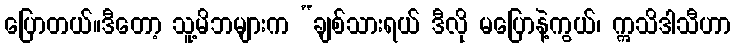
ပြောတယ်။ဒီတော့ သူ့မိဘများက “ချစ်သားရယ် ဒီလို မပြောနဲ့ကွယ်၊ ဣသိဒါသီဟာ